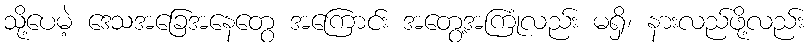
သို့ပေမဲ့ ဒေသအခြေအနေတွေ အကြောင်း အတွေ့အကြုံလည်း မရှိ၊ နားလည်ဖို့လည်း